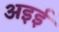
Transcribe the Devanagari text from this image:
अइई